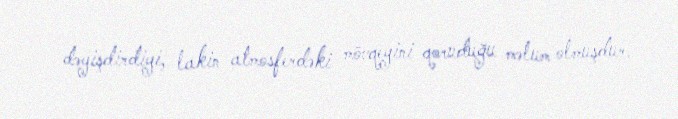
dəyişdirdiyi, lakin atmosferdəki mövqeyini qoruduğu məlum olmuşdur.